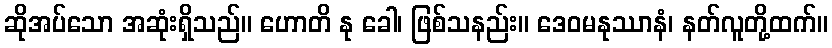
ဆိုအပ်သော အဆုံးရှိသည်။ ဟောတိ နု ခေါ၊ ဖြစ်သနည်း။ ဒေဝမနုဿာနံ၊ နတ်လူတို့ထက်။